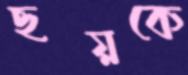
ছয়কে